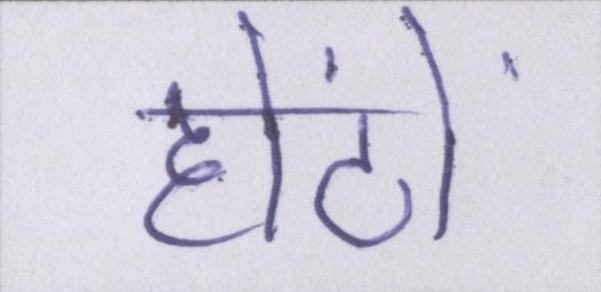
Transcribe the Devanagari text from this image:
होंठों